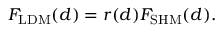
F _ { \mathrm { L D M } } ( d ) = r ( d ) F _ { \mathrm { S H M } } ( d ) .